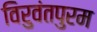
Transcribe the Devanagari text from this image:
विरुवंतपुरम